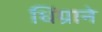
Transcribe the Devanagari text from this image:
धिंग्राने